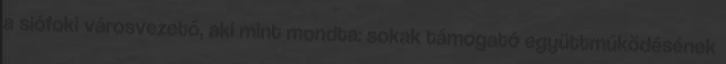
a siófoki városvezető, aki mint mondta: sokak támogató együttműködésének